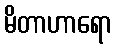
မိတာဟာရော